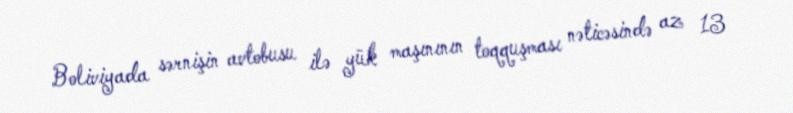
Boliviyada sərnişin avtobusu ilə yük maşınının toqquşması nəticəsində az 13